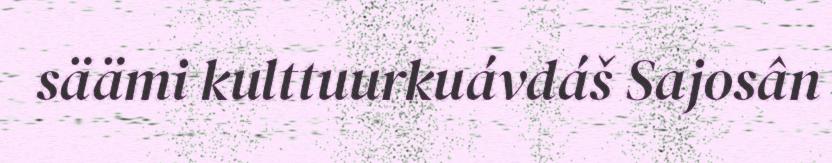
säämi kulttuurkuávdáš Sajosân